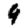
Digit: 9